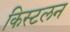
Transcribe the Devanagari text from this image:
किस्टलन